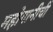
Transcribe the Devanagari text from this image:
महोगानीची